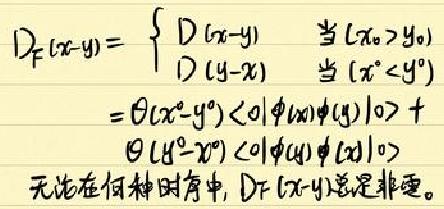
\[
D_F(x - y)=
\begin{cases}
D(x - y) & \text{当 }(x^0>y^0) \\
D(y - x) & \text{当 }(x^0<y^0)
\end{cases}
= \theta(x^0 - y^0)\langle0|\phi(x)\phi(y)|0\rangle + \theta(y^0 - x^0)\langle0|\phi(y)\phi(x)|0\rangle
\]
无论在何种时空中，$D_F(x - y)$总是非零。